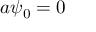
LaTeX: a \psi _ { 0 } = 0